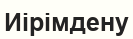
Иірімдену